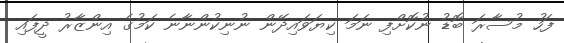
ފަހު މުސާރަ ބޮޑު ނުކޮށްފި ނަމަ ކިޔަވައިދޭން ނުނިކުންނާނެ ކަމުގެ އިންޒާރު ދީފައި